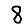
Digit: 8